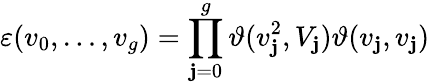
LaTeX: \varepsilon(v_{0},\ldots,v_{g})=\prod_{\mathbf{j}=0}^{g}\vartheta(v_{\mathbf{j}}^{2},V_{\mathbf{j}})\vartheta(v_{\mathbf{j}},v_{\mathbf{j}})